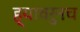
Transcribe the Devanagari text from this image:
ह्यावरुनच